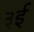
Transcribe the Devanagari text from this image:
३ई